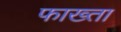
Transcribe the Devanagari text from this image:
फाख्‍ता